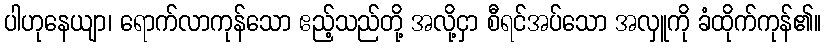
ပါဟုနေယျာ၊ ရောက်လာကုန်သော ဧည့်သည်တို့ အလို့ငှာ စီရင်အပ်သော အလှူကို ခံထိုက်ကုန်၏။